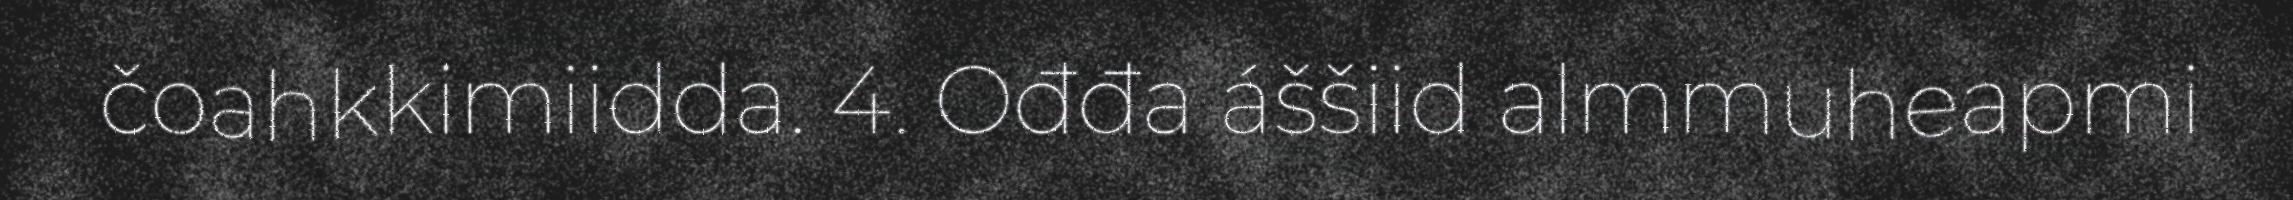
čoahkkimiidda. 4. Ođđa áššiid almmuheapmi